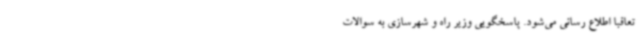
تعاقبا اطلاع رسانی می‌شود. پاسخگویی وزیر راه و شهرسازی به سوالات